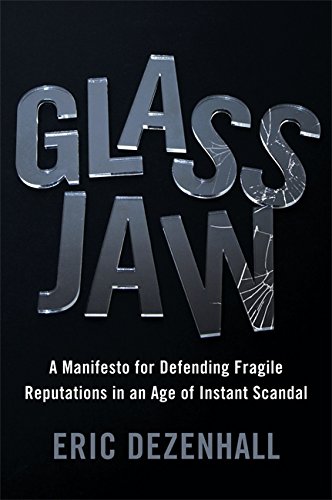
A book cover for Glass Jaw: A Manifesto for Defending Fragile Reputations in an Age of Instant Scandal; Eric Dezenhall; Medical Books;